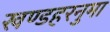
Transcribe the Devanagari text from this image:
खण्डहरनुमा